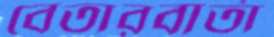
বেতারবার্তা